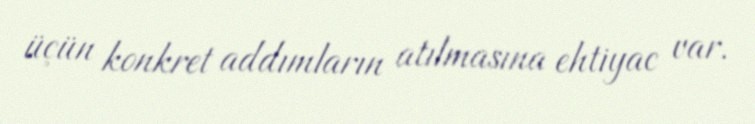
üçün konkret addımların atılmasına ehtiyac var.